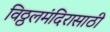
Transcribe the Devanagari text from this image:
विठ्ठलमंदिरासाठी